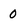
Character: 0